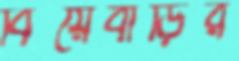
বিয়েবাড়ির